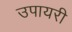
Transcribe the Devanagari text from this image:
उपायरी